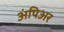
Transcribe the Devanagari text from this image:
अंपिअर